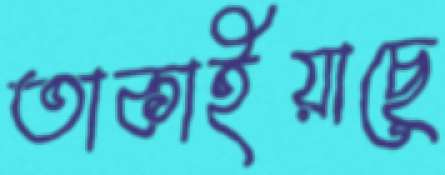
তাকাইয়াছে